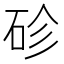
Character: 䂦